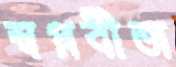
স্বপ্নবীজ